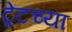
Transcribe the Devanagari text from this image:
ट्रेंटच्या